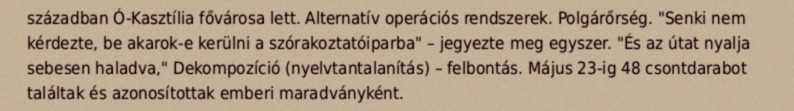
században Ó-Kasztília fővárosa lett. Alternatív operációs rendszerek. Polgárőrség. "Senki nem kérdezte, be akarok-e kerülni a szórakoztatóiparba" – jegyezte meg egyszer. "És az útat nyalja sebesen haladva," Dekompozíció (nyelvtantalanítás) – felbontás. Május 23-ig 48 csontdarabot találtak és azonosítottak emberi maradványként.